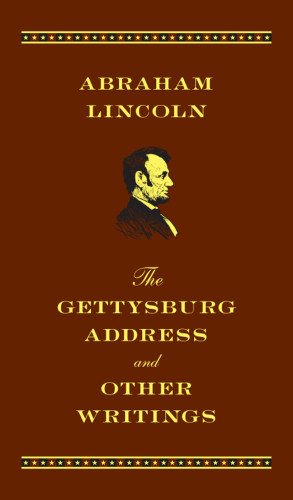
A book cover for The Gettysburg Address and Other Writings: Deluxe Edition; Abraham Lincoln; Literature & Fiction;